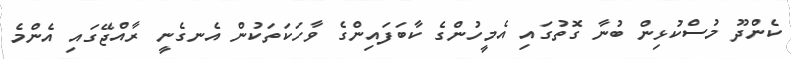
ކެންދޫ މުސްކުޅިން ބުނާ ގޮތުގައި އެމީހުންގެ ކާބަފައިންގެ ވާހަކަތަކުން އެނގެނީ ރާއްޖޭގައި އެންމެ